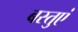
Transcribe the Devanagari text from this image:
बस्तुएं